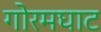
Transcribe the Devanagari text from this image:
गोरमघाट